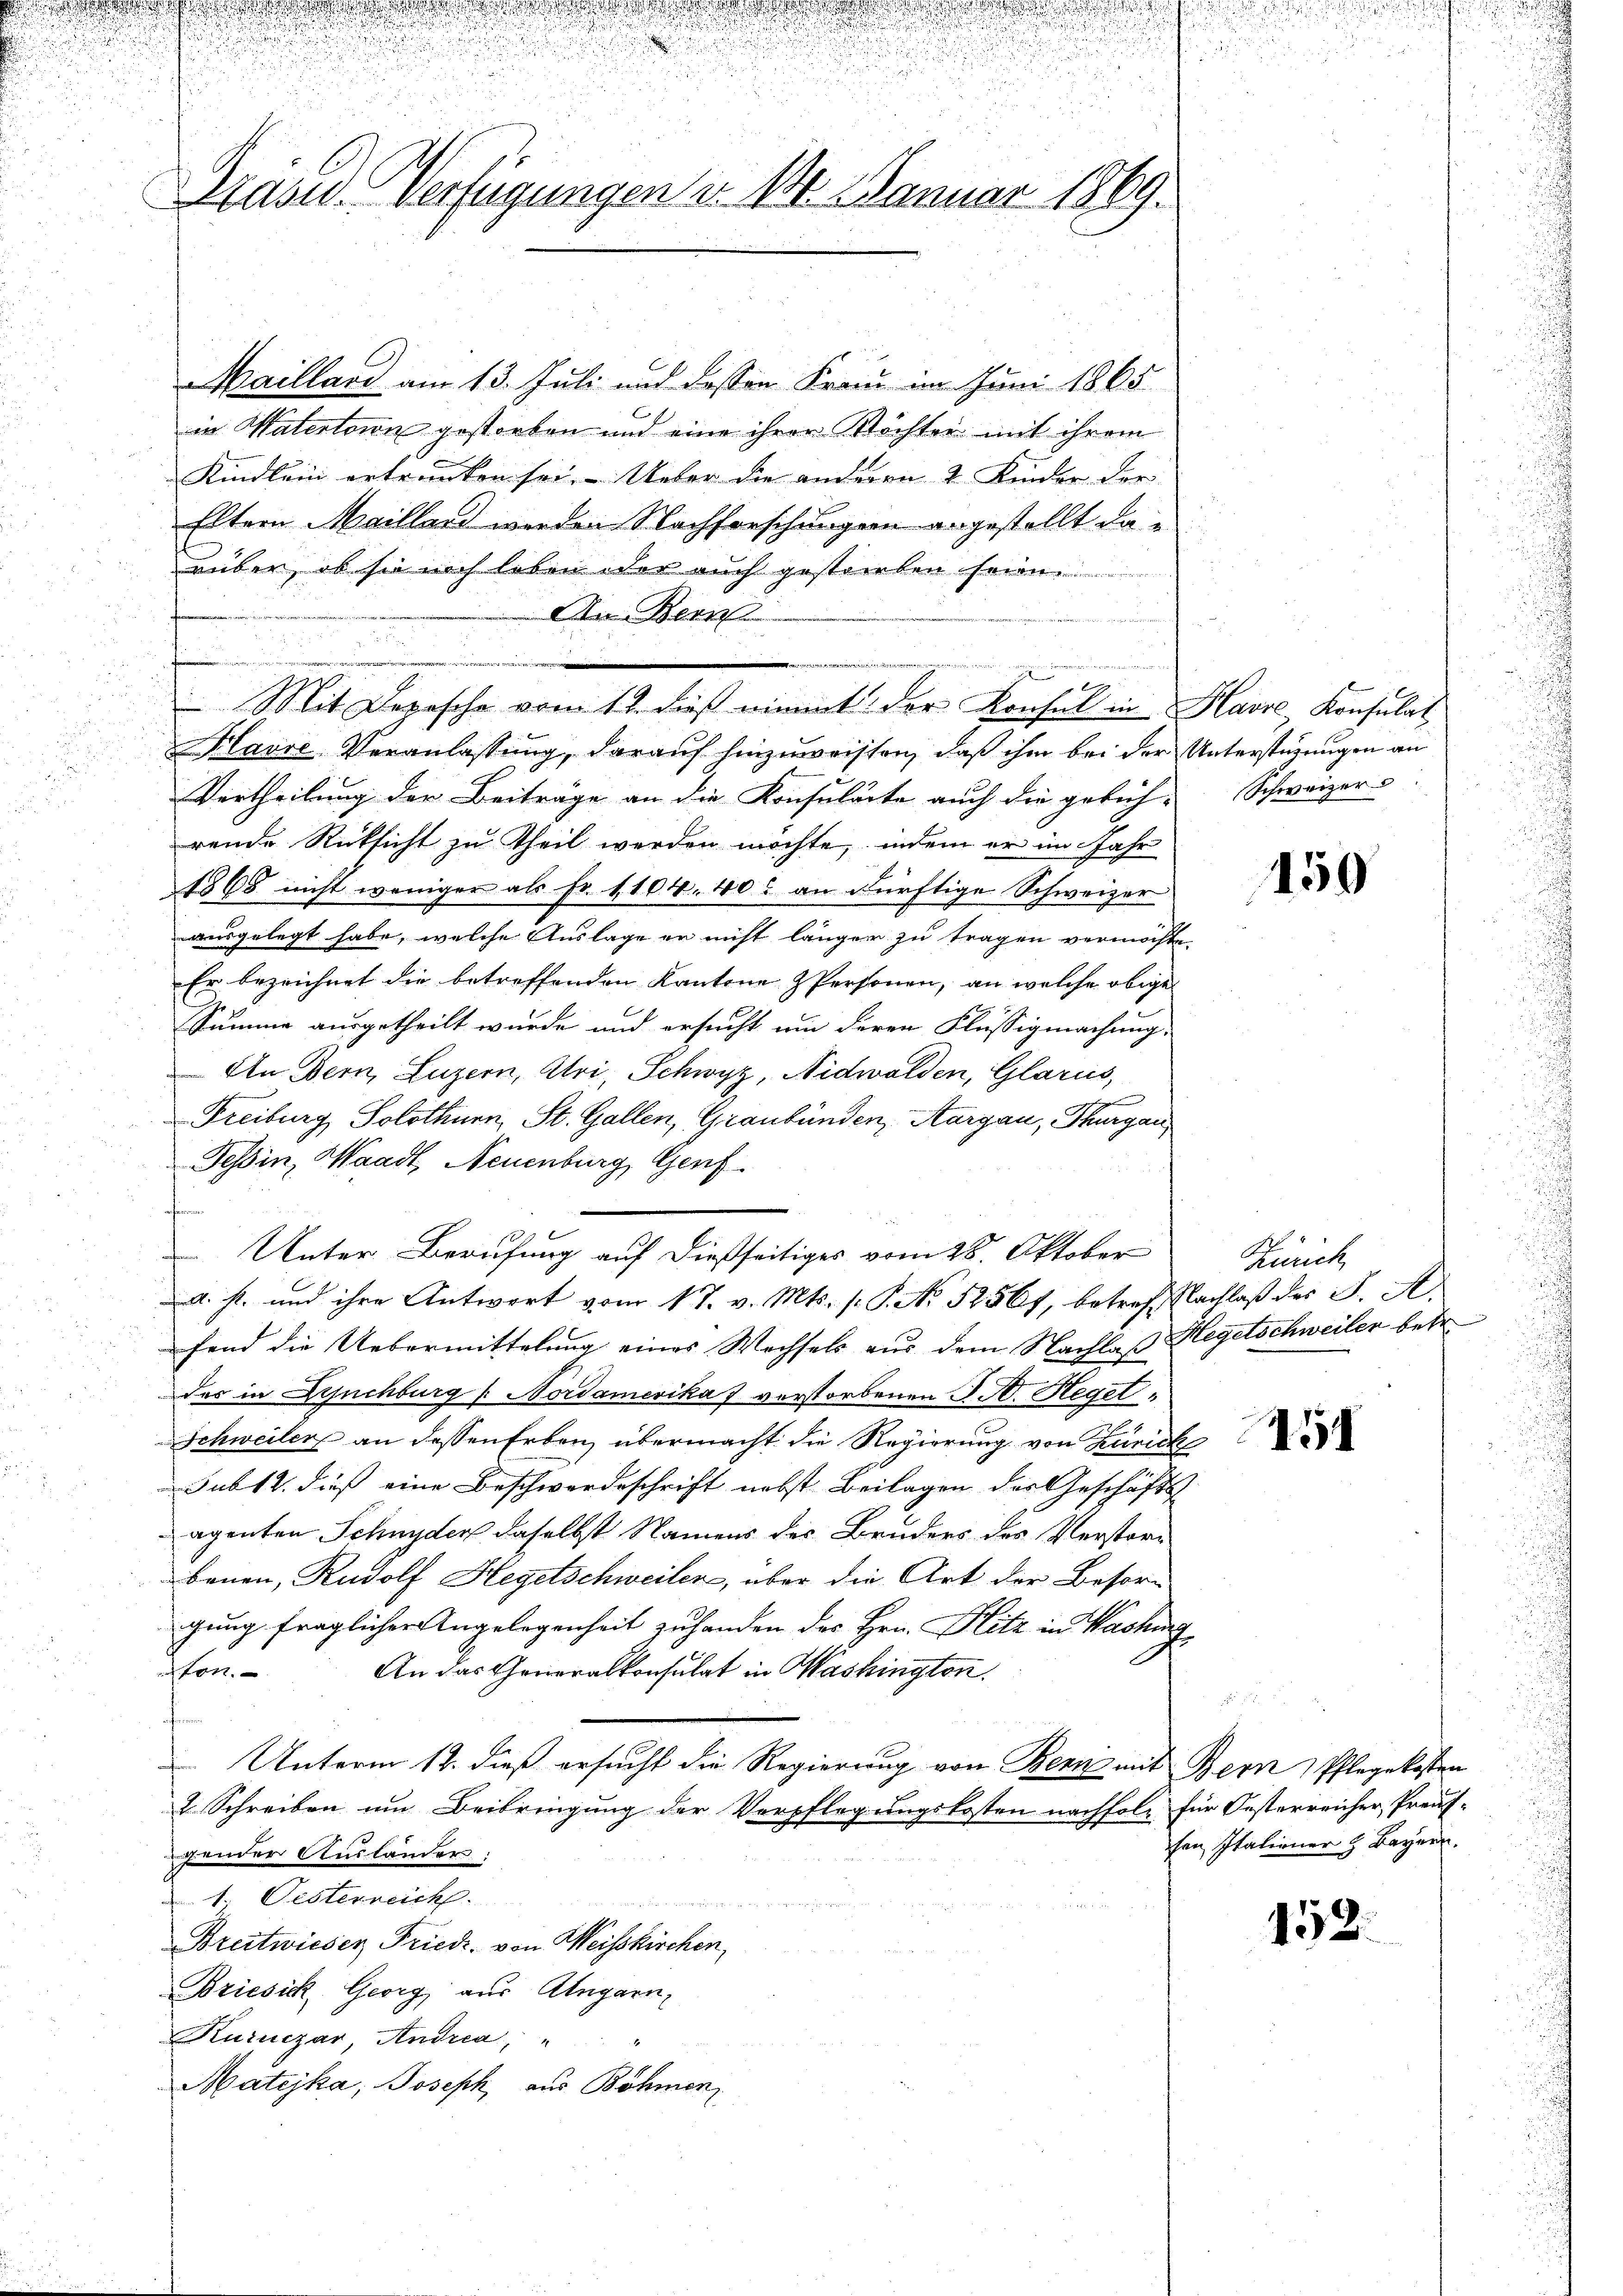
u

s
u

d

Grand. Verfügungen v. 18. Januar 1869.

Mailland am 13. Juli und dessen Frau im Juni 1865.
in Materteien gestorben und eine ihrer Möchter mit ihrem
Kindlein ertrunken sei. Ueber die anderen 2 Kinder der
Eltern Maillard werden Nachforschungen angestellt da e
rüber, ob sie noch leben oder auch gestorben seien.
An Bern
Mit Depesche vom 12. dieß nimmt der Konsul in Havre Konsulat
Klause Veranlassung, darauf hinzuweisten, daß ihm bei der Unterstüzungen an
Vertheilung der Beiträge an die Konsulärte auch die gerich-Schweizer- |
rende Rücksicht zu Theil werden möchte, indem er im Jahr
1865 nicht weniger als Fr. 1104. 40 an dürftige Schweizer
ausgelegt habe, welche Auslage er nicht länger zu tragen vermöchte.
Er bezeichnet die betreffenden Kantone Personen, an welche obige
Summe ausgetheilt wurde und ersucht um deren Flüssigmachung.
In Bern, Luzern, Uri, Schwyz, Nidwalden, Glarus,
Freiburg, Solothurn, St. Gallen, Graubünden, Aargau, Thurgau
Tessin, Waadt, Neuenburg, Genf.
a. p. und ihre Antwort vom 17. v. Mts. (: P. No 52561, betreff Nachlaß des P. A
fend die Uebermittelung eines Wechsels aus dem Nachlaß Hegetschweiler betr.
des in Bruchburg " Nordamerika 7 verstorbenen J. A. Heget¬
Schweiler an dessen Erben, übermacht die Regierung von Zürich
Jub12. dieß eine Beschwerdeschrift nebst Beilagen der Geschäfts-
agenten Schnyder daselbst Namens der Bruders des Verstori
benen, Rudolf Hegetschweilen, über die Art der Besorgung fraglicher Angelegenheit zu handen der Hrn. Hitz in Washing
An das Generalkonsulat in Washingten.
ton.
Unterm 12. dieß ersucht die Regierung von Bern mit Bern Pflegekosten
2 Schreiben um Beibringung der Verpflegungskosten nachfolg für Oesterreicher, Preus-
gender Ausländer:
1. Oesterreich.
Breitwieser Friedr. von Weisskirchen,
Bricsick Georg aus Angarn,
Kuruczar, Andria"
Matijka, Joseph aus Böhmen

u

u
u

m

Unter Berufung auf dießseitiges vom 28. Oktober

na

150

Zürich

45

hen Italiener & Bayrer.

152.